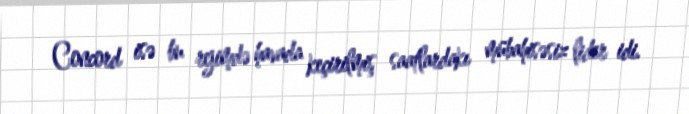
Concord isə bu rejimdə havada keçirilmiş saatlardakı mübahisəsiz lider idi.